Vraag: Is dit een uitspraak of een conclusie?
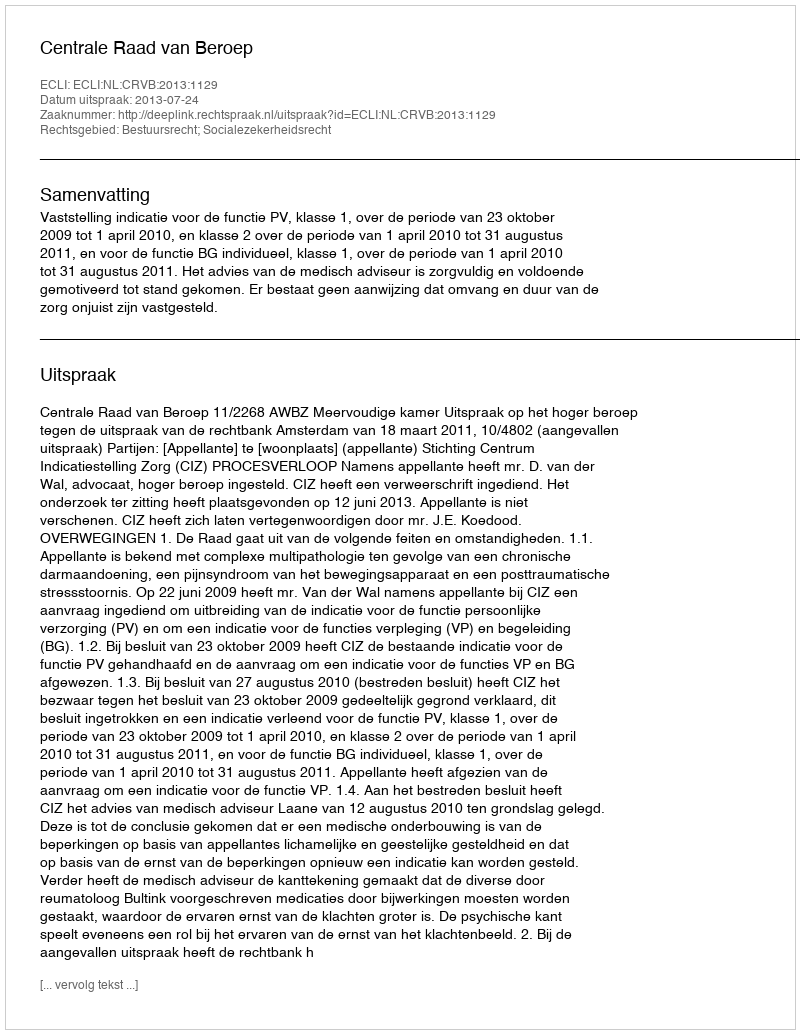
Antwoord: Uitspraak